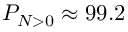
P _ { N > 0 } \approx 9 9 . 2 \